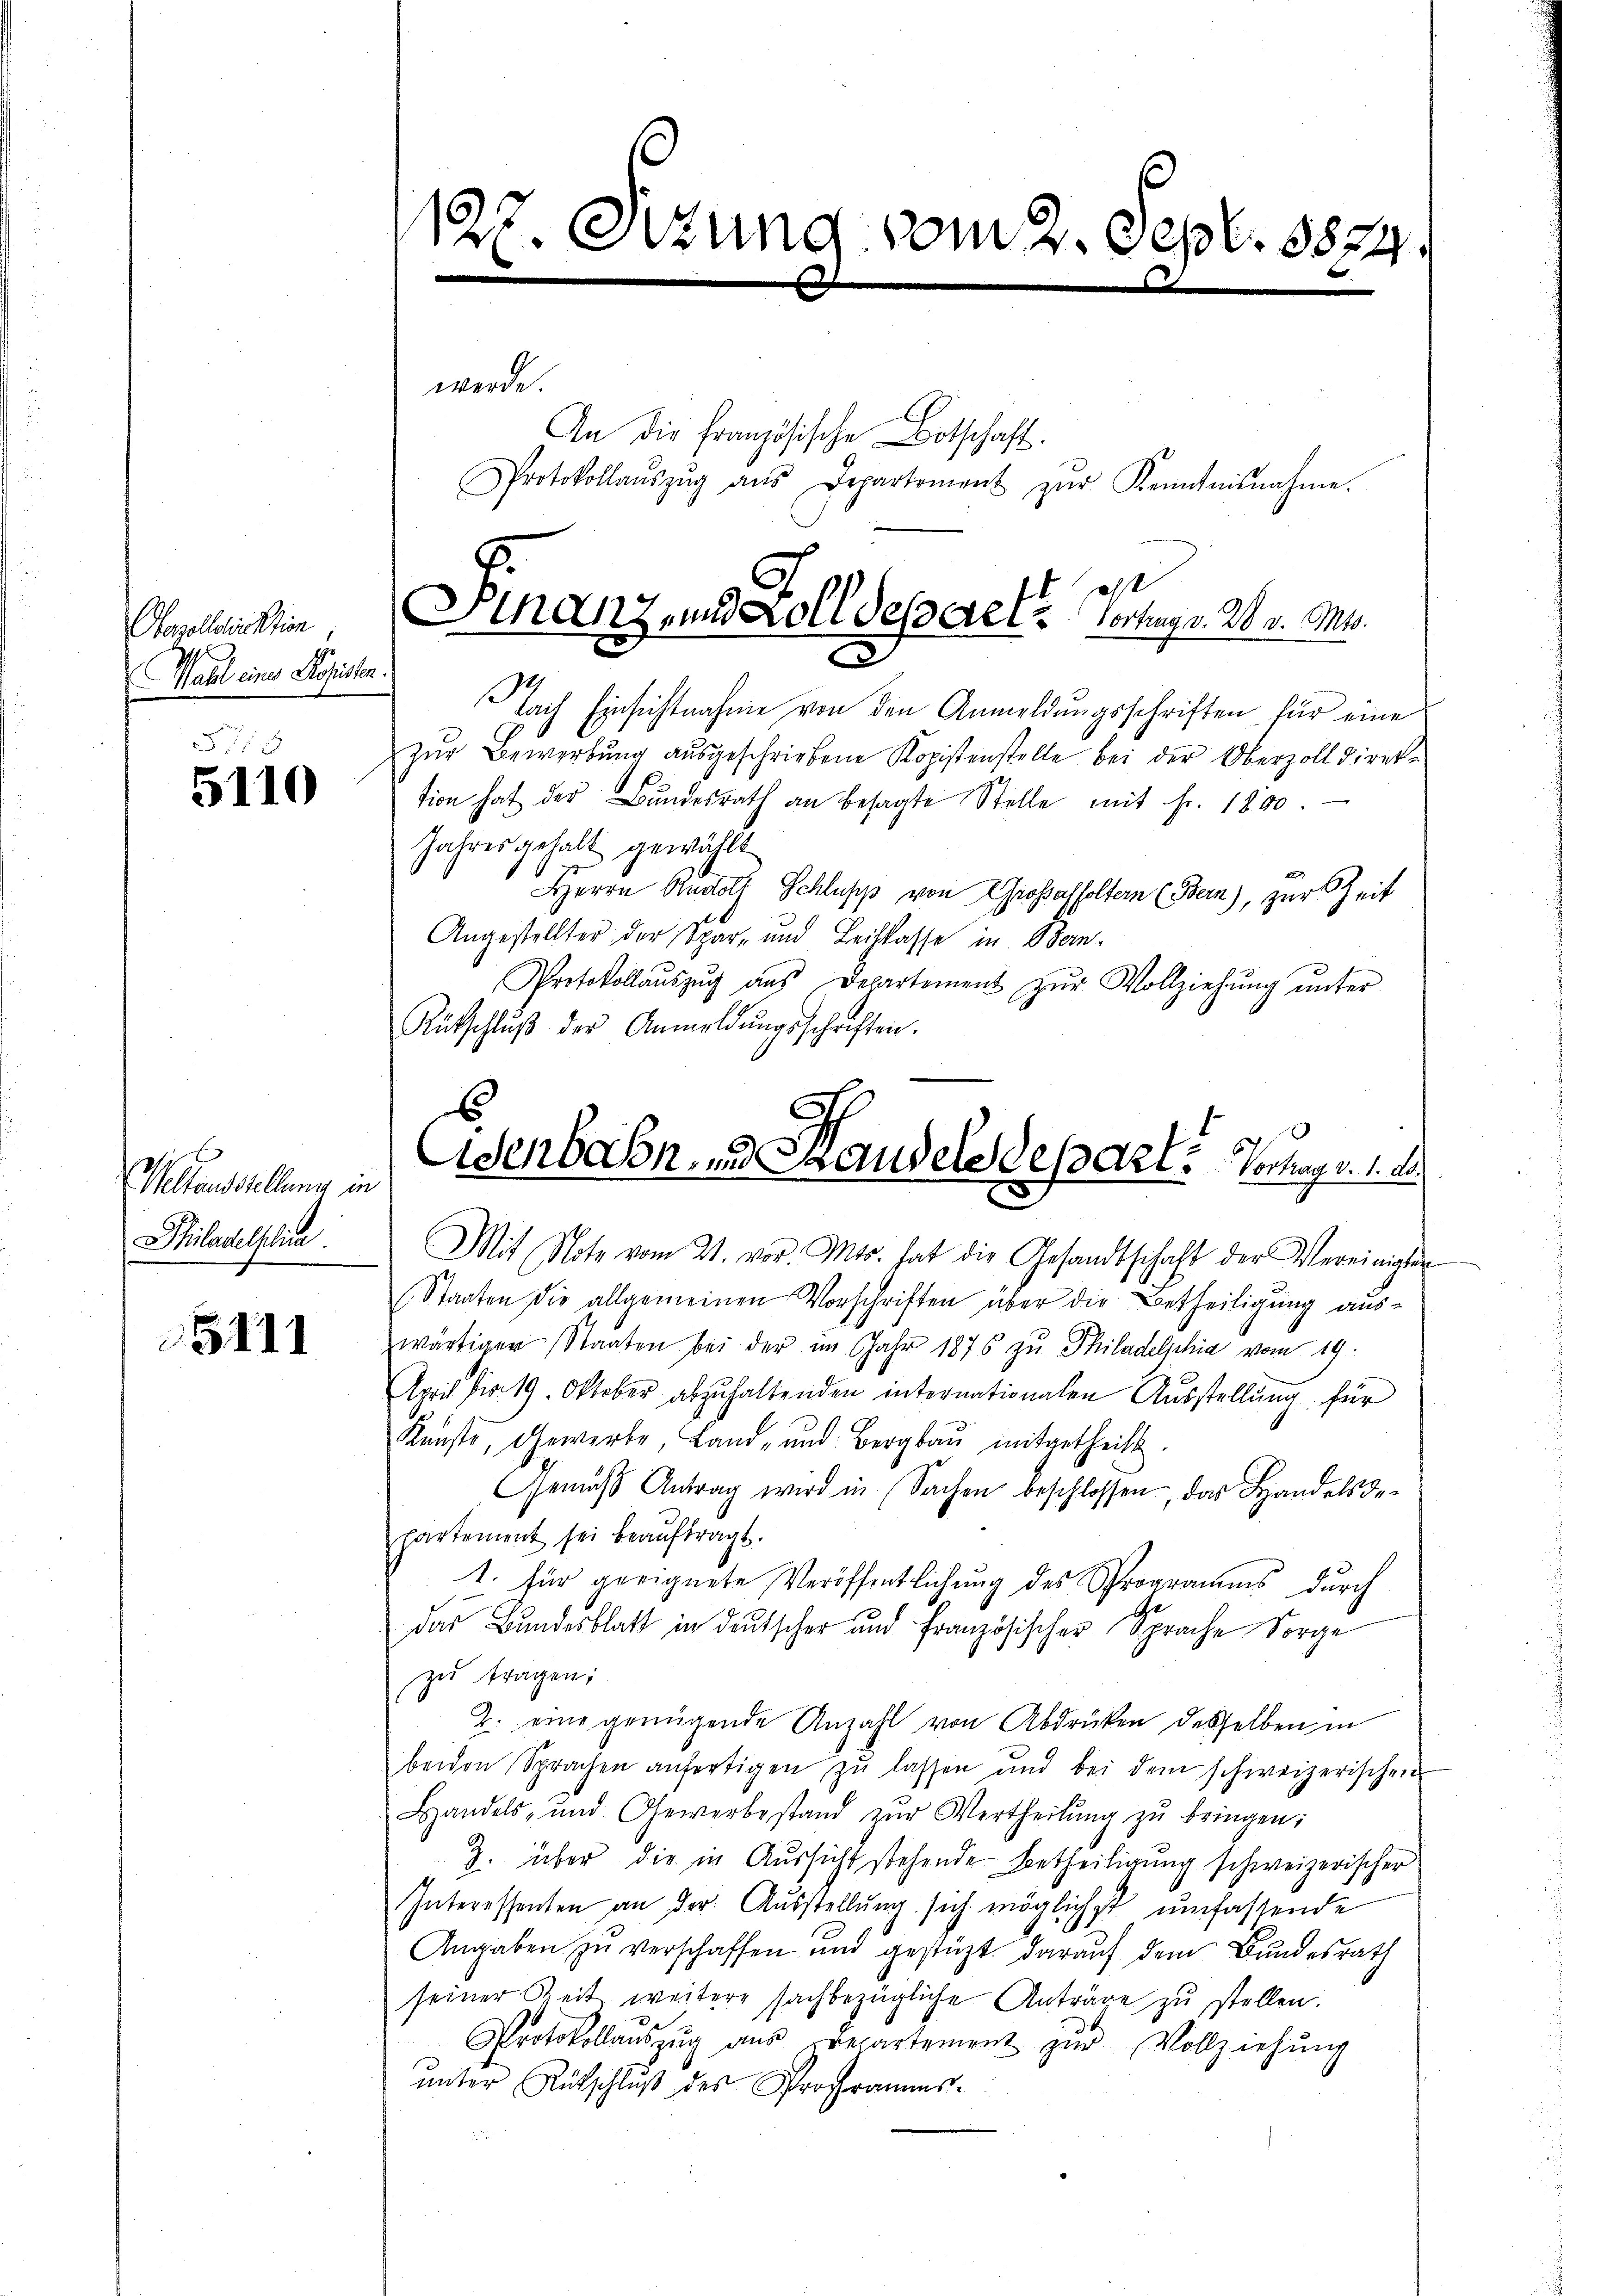
Oberolldirektion,
2
Wahl eines Kopisten.

5110

Weltausstellung in
Philadelphi.

5111

127. Sitzung vom 2. Sept. 3874.

werde.
An die französische Botschaft.
Protokollaŭszŭg aŭs Departement zŭr Kenntnisnahme.

ast
Stanz, und Zolldeparte Verhag v. 28. v. Mts.

Tach Einsichtnahme von den Anmeldungsschriften für eine
zŭr Bewerbŭng aŭsgeschriebene Kopistenstelle bei der Oberzoll direktion hat der Bundesrath an besagte Stelle mit Fr. 1890.
Jahres gehalt gewählt
HHerrn Rudolf Schlupp von Großaffoltern (Bern), zur Zeit
Angestellter der Spar- und Leihkasse in Bern.
Protokollaŭszŭg aŭs Departement zŭr Vollziehŭng ŭnter
Rütschlŭβ der Anmeldŭngsschriften.
Ei

Osenbahn und andels des Art. Vortrag v. 1. ds.

Mit Note vom 21. vor. Mts. hat die Gesandtschaft der Vereinigten
(Staaten die allgemeinen Vorschriften über die Betheiligung auswärtiger Staaten bei der im Jahr 1876 zŭ Philadelphia vom 19.
April bis 19. Oktober abzŭhaltenden internationalen Aŭsstellŭng für
Kunste, Gewerbe Land- und Bergbau mitgetheilt.
Gemäβ Antrag wird in Sachen beschlossen, das Handelsgepartement sei beaŭftragt.
1. für geeignete Veröffentlichung des Sprogramms durch
das Bundesblatt in deutscher und Französischer Sprache Sorge
zu tragen;
2. eine geringende Anzahl von Abdrücken desselben in
beiden Sprachen anfertigen zŭ lassen und bei dem schweizerischen
Handels- und Gewerbestand zŭr Vertheilŭng zŭ bringen:
Z. über die in Aussicht stehende Betheiligung schweizerischer
Interessenten an der Ausstellung sich möglichst umfassende
Angaben zu verschaffen und gestützt darauf dem Bundesrath
seiner Zeit weitere sachbezügliche Anträge zu stellen.
u
Protokollaŭszŭg ans prepartement zŭr Vollziehŭng
unter Rückschluß des Programms-